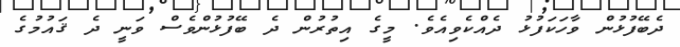
ދެބޭފުޅުން ވާހަކަފުޅު ދެއްކެވިއެވެ. މީގެ އިތުރުން ދެ ބޭފުޅުންވެސް ވަނީ ދެ ޤައުމުގެ